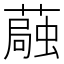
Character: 𫉴